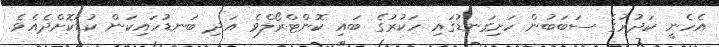
އެހެނީ ކަދުރުގެ ސަބަބުން ހަށިގަނޑުގައި ހަކުރުގެ ބައި ކޮންޓްރޯލްވެ އަދި ބަނޑުހައިކަން ކުޑަކޮށްދެއެވެ.